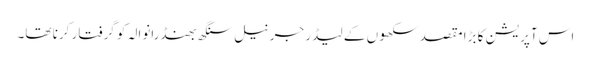
اس آپریشن کا بڑا مقصد سکھوں کے لیڈر جرنیل سنگھ بھنڈرانوالہ کو گرفتار کرنا تھا۔